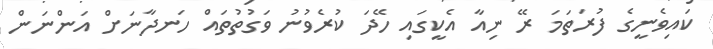
ކައިވެނީގެ ފުރަތަމަ ރޭ ނިއާ އެކީގައި ހޭދަ ކުރެވުނު ވަގުތުތައް ހަނދާނަށް އަންނަން